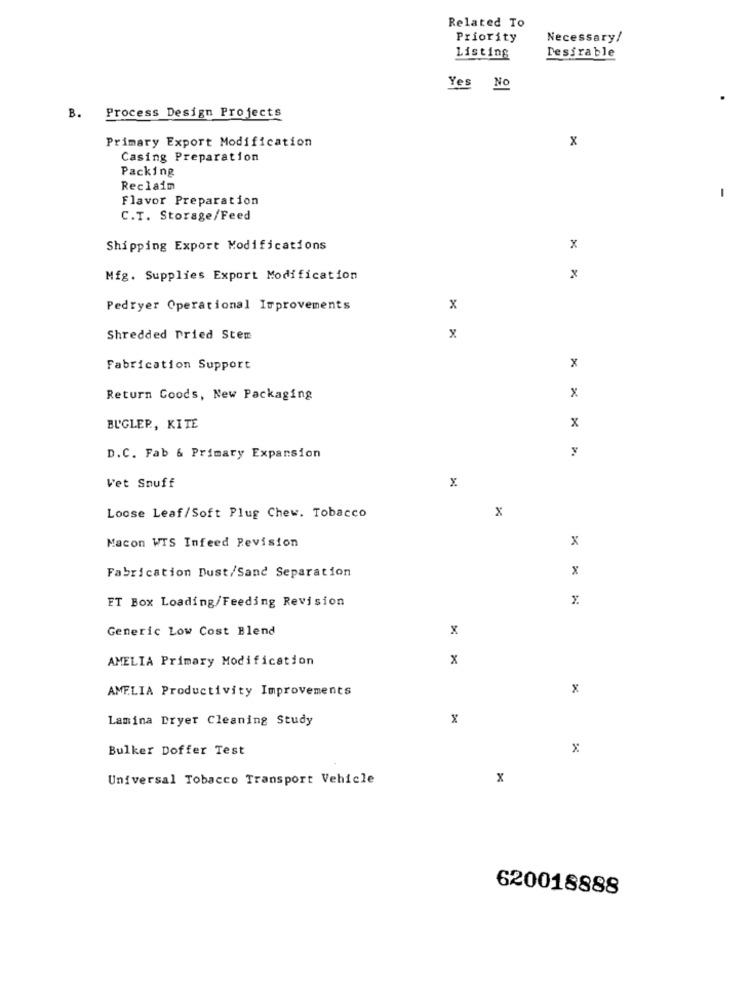
Related To
Priority
Necessary/
Listing
Desirable
Yes No
B.
Process Design Projects
Primary Export Modification
x
Casing Preparation
Packing
Reclaim
Flavor Preparation
1
C.T. Storage/Feed
Shipping Export Modifications
x
Mfg. Supplies Export Modification
x
Pedryer Operational Improvements
x
Shredded Pried Stem
x
Fabrication Support
x
Return Goods, New Packaging
x
BUGLER, KITE
x
D.C. Fab & Primary Expansion
x
Vet Snuff
x
Loose Leaf/Soft Plug Chew. Tobacco
Macon WIS Infeed Revision
x
Fabrication Dust/Sand Separation
x
ET Box Loading/Feeding Revision
Generic Low Cost Blend
x
AMELIA Primary Modification
x
AMELIA Productivity Improvements
x
Lamina Dryer Cleaning Study
X
Bulker Doffer Test
x
Universal Tobacco Transport Vehicle
x
620018888